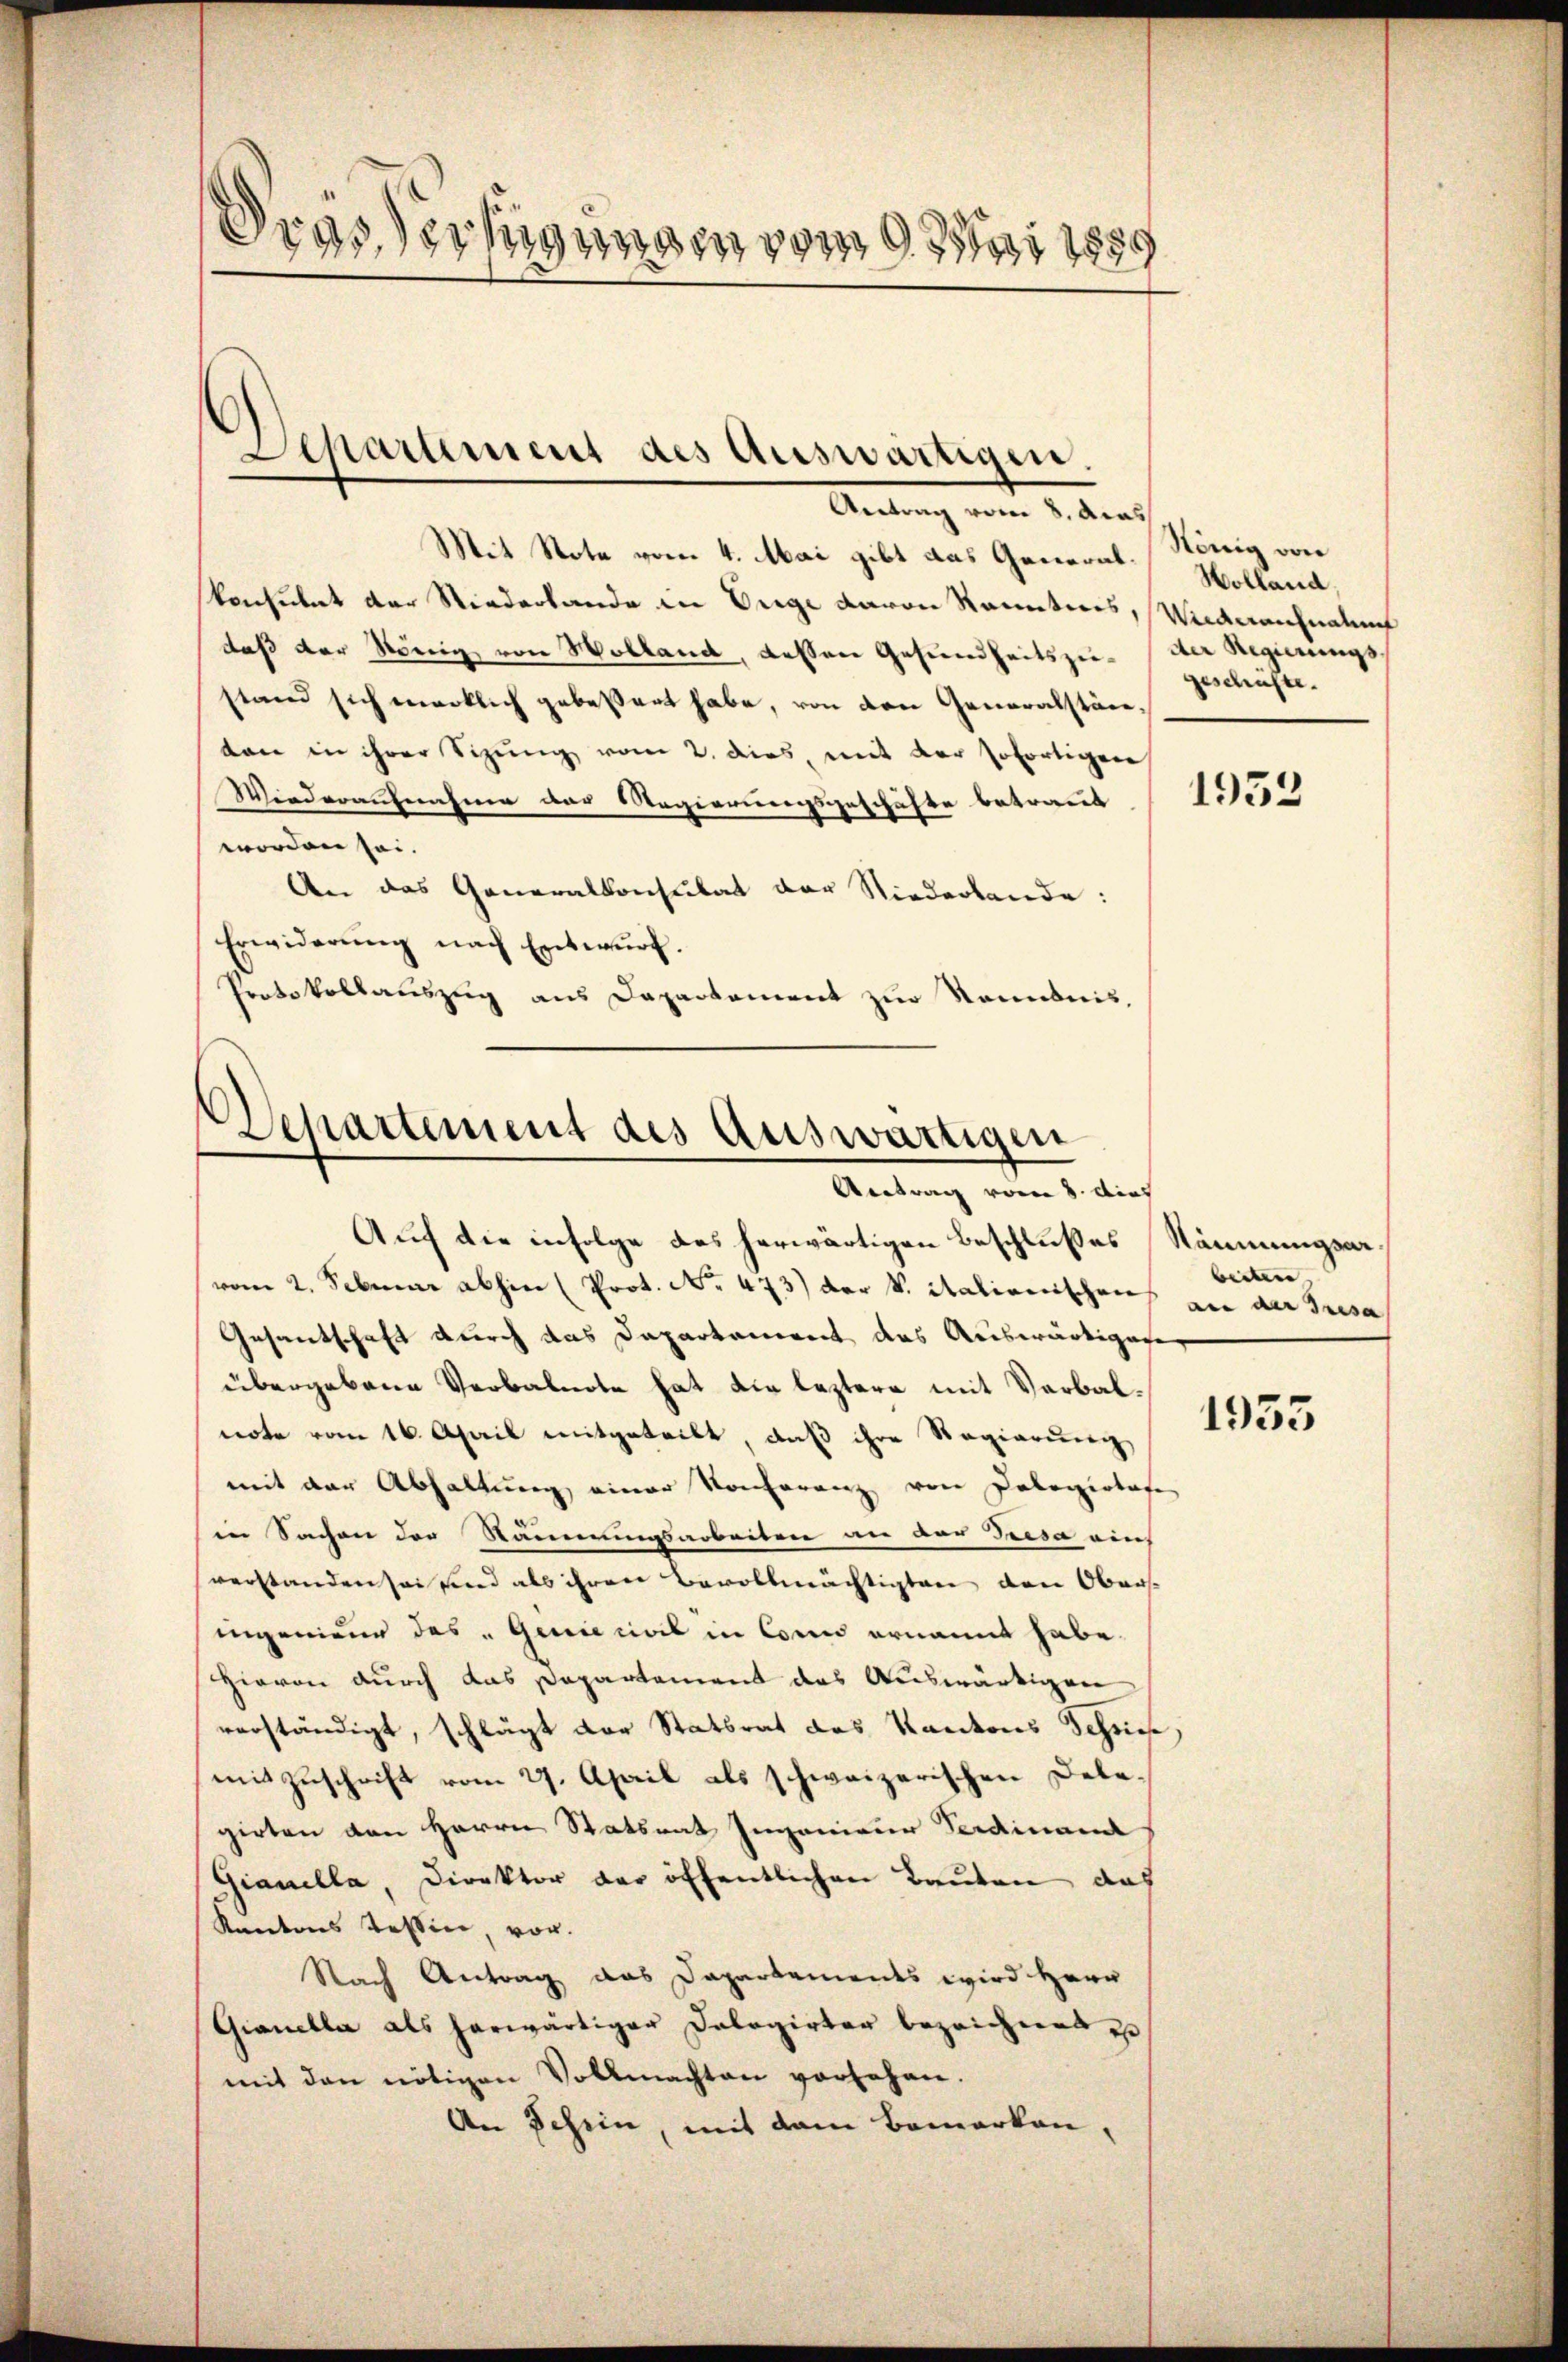
drassertigungen vom 9. Mai 1889

Departement des Auswärtigen.

Antrag vom 8. Acad
Mit Note vom 4. Mai gibt das Generalonsulat der Niederlande in Enge davon Sonntes, Wiederaufnalunt
daß der König von Holland, dessen Gesundheitszu- der Regierungsstand sich wirklich gebessert habe, von den Generalstänten in ihrer Sitzung vom 2. dies, mit der sofortigen
Wiederaufnahme der Regierungsgeschäfte betraut (1551
worden sei.
An das Generalkonsulat der Niederbande:
Erwiderung nach Entwurf.
Protokollauszug aus Departement zur Sonebnis,

Departement des auswärtigen
Antrag vom 8. Aug
Auf die infolge das herwärtigen Beschlußes Räumungswe¬

vom 2. Februar abhin (Prot. No. 473) der S. italirenschens an der Gresa
Gesantschaft durch das Dapartement das Auswärtigese
übergebene Verbalnote hat die leztere mit Verbalnote vom 16. April mitgeteilt, daß ihre Regierung
mit der Abhaltung einer Konferenz von Dologiertafe
in Sachen der Kammerungsarbeiten in der Tresa auch
verstanden sei und als ihren Bevollmächtigten den Oberst
ingenieur des „Genie civil in Corn ernannt habe.
Hievon durch das Departement das Auswärtigen
verständigt, schlägt der Statsrat des Kantons Schnet,
mit Zuschrift vom 27. April als schweizerischen Debe-
girten den Herrn Statsrat Ingenieur Ferdinand
Gianella, Direktor der öffentlichen Bauten das
Kantons Tessin, vor.
Nach Antrag das Dapartements wird Herr
Gianella als herwärtiger Dologirter bezeichnet e
mit den nötigen Vollmachten vorsehen.
An Schein, mit dem Bemerken,

König von
Wolland,
geschäfte.

beitere |

1935